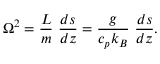
\Omega ^ { 2 } = { \frac { L } { m } } \ { \frac { d s } { d z } } = { \frac { g } { c _ { p } k _ { B } } } \ { \frac { d s } { d z } } .